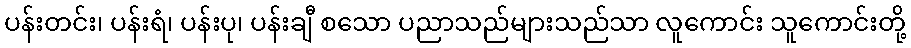
ပန်းတင်း၊ ပန်းရံ၊ ပန်းပု၊ ပန်းချီ စသော ပညာသည်များသည်သာ လူကောင်း သူကောင်းတို့